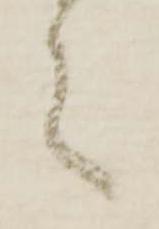
言